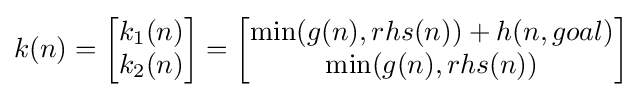
k(n)={\begin{bmatrix}k_{1}(n)\\k_{2}(n)\\\end{bmatrix}}={\begin{bmatrix}\min(g(n),rhs(n))+h(n,goal)\\\min(g(n),rhs(n))\\\end{bmatrix}}